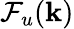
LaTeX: \mathcal{F}_{u}({\mathbf k})